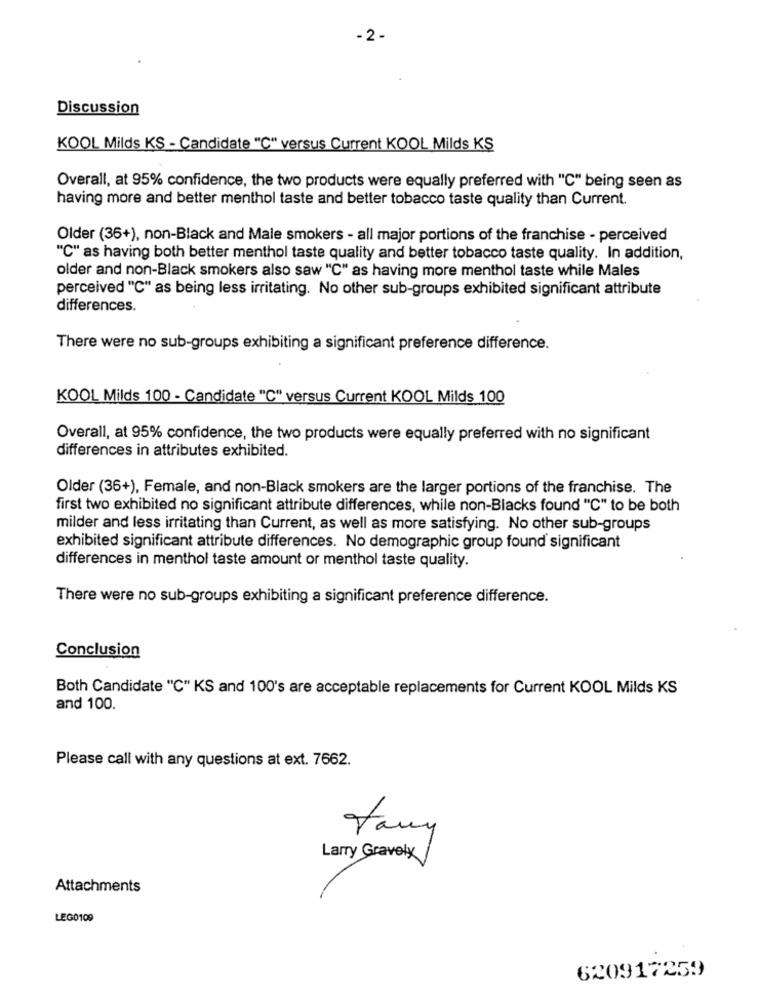
- 2.
Discussion
KOOL Milds KS - Candidate "C" versus Current KOOL Milds KS
Overall, at 95% confidence, the two products were equally preferred with "C" being seen as
having more and better menthol taste and better tobacco taste quality than Current.
Older (36+), non-Black and Male smokers - all major portions of the franchise - perceived
"C" as having both better menthol taste quality and better tobacco taste quality. In addition,
older and non-Black smokers also saw "C" as having more menthol taste while Males
perceived "C" as being less irritating. No other sub-groups exhibited significant attribute
differences.
There were no sub-groups exhibiting a significant preference difference.
KOOL Milds 100 - Candidate "C" versus Current KOOL Milds 100
Overall, at 95% confidence, the two products were equally preferred with no significant
differences in attributes exhibited.
Older (36+), Female, and non-Black smokers are the larger portions of the franchise. The
first two exhibited no significant attribute differences, while non-Blacks found "C" to be both
milder and less irritating than Current, as well as more satisfying. No other sub-groups
exhibited significant attribute differences. No demographic group found significant
differences in menthol taste amount or menthol taste quality.
There were no sub-groups exhibiting a significant preference difference.
Conclusion
Both Candidate "C" KS and 100's are acceptable replacements for Current KOOL Milds KS
and 100.
Please call with any questions at ext. 7662.
Jany
Larry Gravely
Attachments
LEG0109
620917259